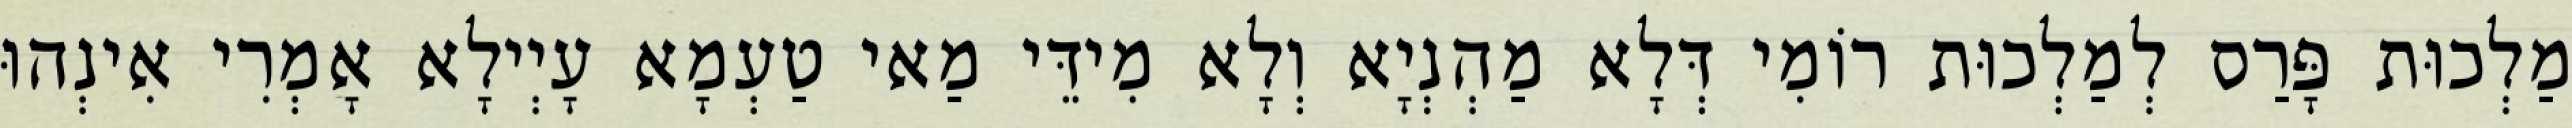
מַלְכוּת פָּרַס לְמַלְכוּת רוֹמִי דְּלָא מַהְנְיָא וְלָא מִידֵּי מַאי טַעְמָא עָיְילָא אָמְרִי אִינְהוּ